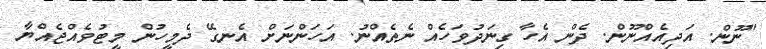
"ނޫން. އަދިއެއްނޫން. ދެން އެހާ ގިނަދުވަހެއް ނެތެއްނު. އަހަންނަށް އެނގޭ ދެމީހުން މީޓުވެއްޖެއްޔާ